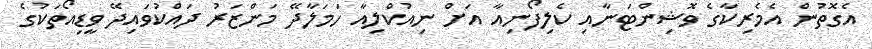
އެގޮތުން އެމެރިކާގެ ވޮޝިންޓަނާއި ކެލިފޯނިއާ އަށް ނިއުކްލިއާ ހަމަލާދޭ މަންޒަރު ދައްކުވައިދޭ ވީޑިއޯތަކުގެ